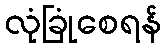
လုံခြုံစေရန်